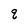
Character: q